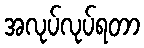
အလုပ်လုပ်ရတာ